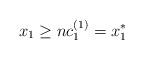
LaTeX: \begin{align*}x_1 \geq nc^{(1)}_1 = x_1^*\end{align*}